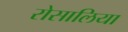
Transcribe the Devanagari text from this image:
रोसालिया